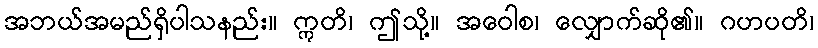
အဘယ်အမည်ရှိပါသနည်း။ ဣတိ၊ ဤသို့။ အဝေါစ၊ လျှောက်ဆို၏။ ဂဟပတိ၊